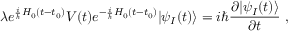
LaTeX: \lambda e ^ { { \frac { i } { \hbar } } H _ { 0 } ( t - t _ { 0 } ) } V ( t ) e ^ { - { \frac { i } { \hbar } } H _ { 0 } ( t - t _ { 0 } ) } | \psi _ { I } ( t ) \rangle = i \hbar { \frac { \partial | \psi _ { I } ( t ) \rangle } { \partial t } } ~ ,